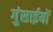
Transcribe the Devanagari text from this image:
गुंसाईयों